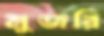
মুজরি